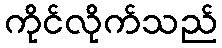
ကိုင်လိုက်သည်